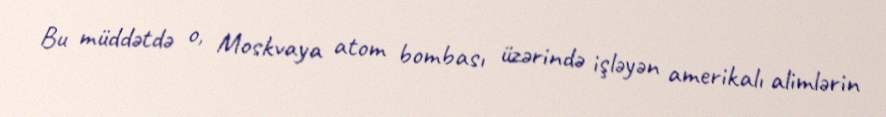
Bu müddətdə o, Moskvaya atom bombası üzərində işləyən amerikalı alimlərin